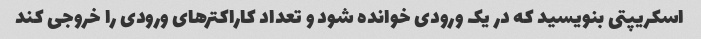
اسکریپتی بنویسید که در یک ورودی خوانده شود و تعداد کاراکترهای ورودی را خروجی کند